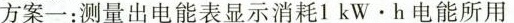
方案一：测量出电能表显示消耗1kW.h电能所用